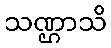
သဏ္ဌာသိ